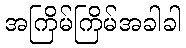
အကြိမ်ကြိမ်အခါခါ